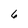
Character: 6